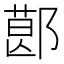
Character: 𨝥